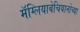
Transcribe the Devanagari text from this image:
मॅग्लियाबेचियानोच्या